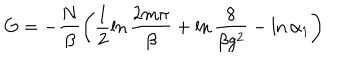
LaTeX: G = - \frac { N } { \beta } \left( \frac { 1 } { 2 } \ln \frac { 2 m \pi } { \beta } + \ln \frac { 8 } { \beta g ^ { 2 } } - \ln \alpha _ { 1 } \right)